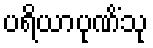
ပရိယာပုဏိံသု